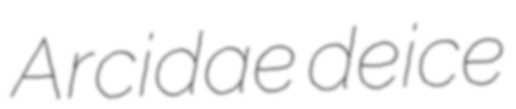
Arcidae deice